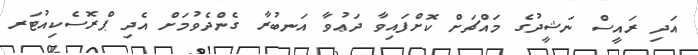
އަދި ރައީސް ނަޝީދުގެ މައްޗަށް ކޮށްފައިވާ ދަޢުވާ އަނބުރާ ގެންދެވުމަށް އެދި ޕްރޮސެކިއުޓަރ